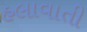
હલાવાતી